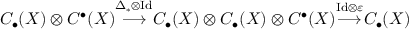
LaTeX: C _ { \bullet } ( X ) \otimes C ^ { \bullet } ( X ) { \overset { \Delta _ { * } \otimes \mathrm { I d } } { \longrightarrow } } C _ { \bullet } ( X ) \otimes C _ { \bullet } ( X ) \otimes C ^ { \bullet } ( X ) { \overset { \mathrm { I d } \otimes \varepsilon } { \longrightarrow } } C _ { \bullet } ( X )